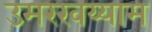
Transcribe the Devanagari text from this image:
उमरखय्याम